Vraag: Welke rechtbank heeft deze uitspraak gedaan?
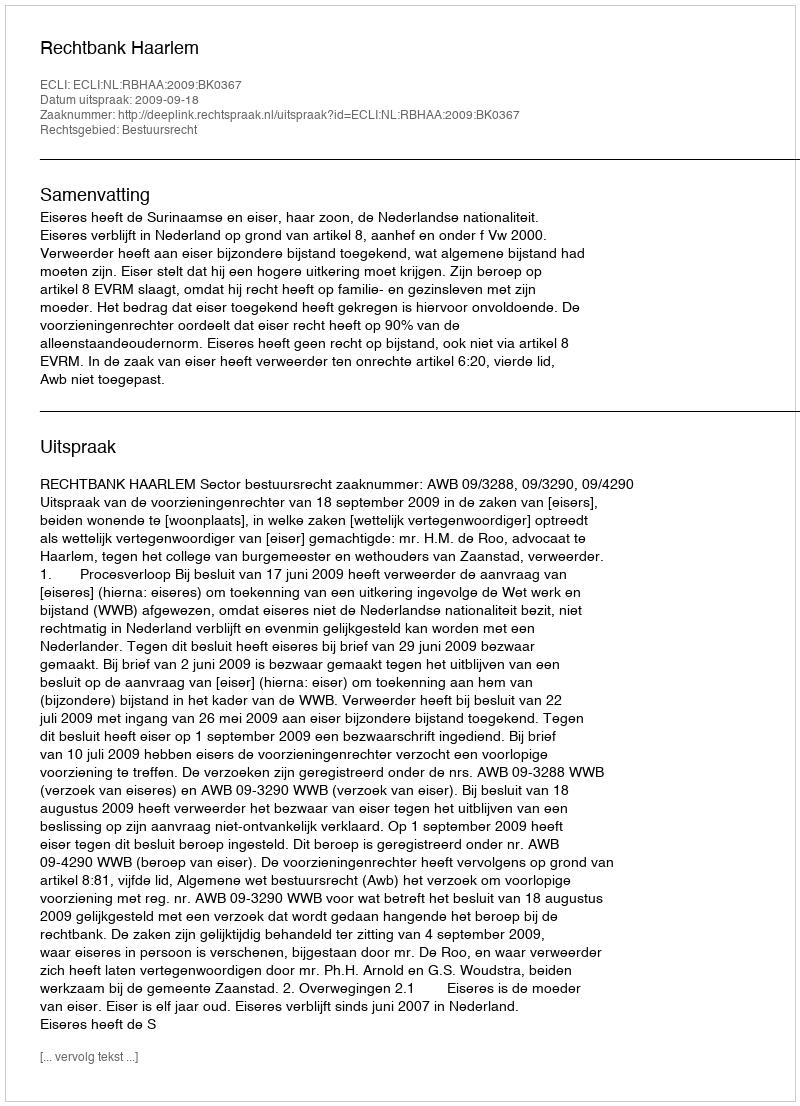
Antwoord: Rechtbank Haarlem